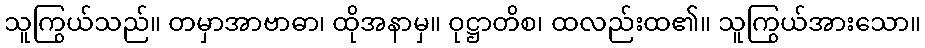
သူကြွယ်သည်။ တမှာအာဗာဓာ၊ ထိုအနာမှ။ ဝုဋ္ဌာတိစ၊ ထလည်းထ၏။ သူကြွယ်အားသော။